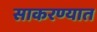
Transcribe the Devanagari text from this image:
साकरण्यात